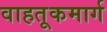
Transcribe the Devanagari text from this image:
वाहतूकमार्ग